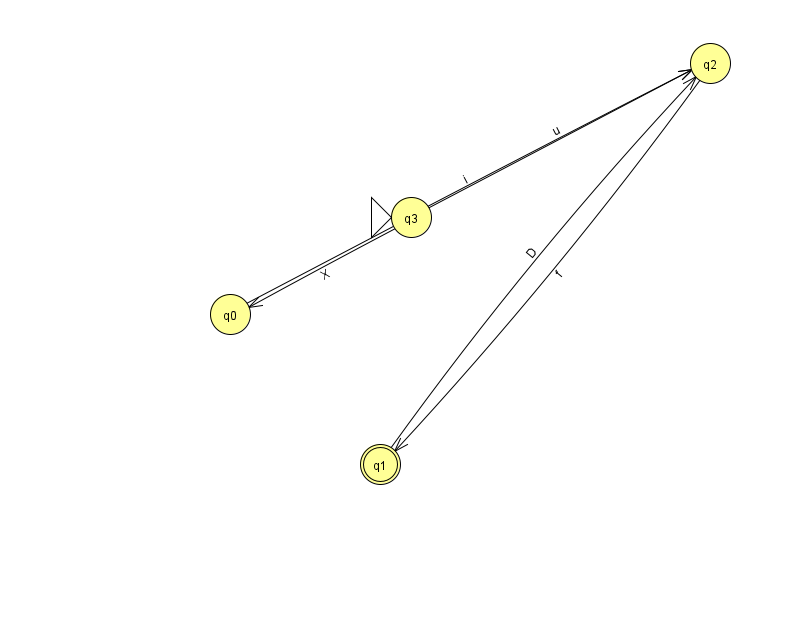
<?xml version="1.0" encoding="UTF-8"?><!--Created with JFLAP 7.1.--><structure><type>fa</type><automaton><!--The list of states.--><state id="0" name="q0"><x>230.0</x><y>301.0</y></state><state id="1" name="q1"><x>380.0</x><y>451.0</y><final/></state><state id="2" name="q2"><x>710.0</x><y>50.0</y></state><state id="3" name="q3"><x>411.0</x><y>204.0</y><initial/></state><!--The list of transitions.--><transition><from>3</from><to>2</to><read>u</read></transition><transition><from>3</from><to>0</to><read>X</read></transition><transition><from>1</from><to>2</to><read>D</read></transition><transition><from>0</from><to>2</to><read>i</read></transition><transition><from>2</from><to>1</to><read>f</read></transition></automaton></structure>